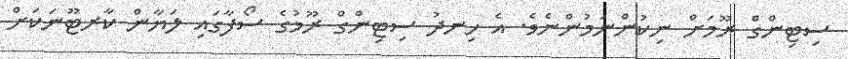
ސިޓިންގް ރޫމަށް ނިކުންނަމުންނެވެ. އެ ހިނދު ސިޓިންގް ރޫމުގެ ސޯފާގައި ލަޔާން ކާރޓޫނަކަށް